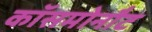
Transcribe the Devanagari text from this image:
कॉसमोनौट